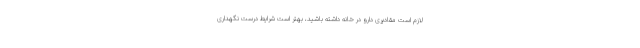
لازم است مقادیری دارو در خانه داشته باشید، بهتر است شرایط درست نگهداری